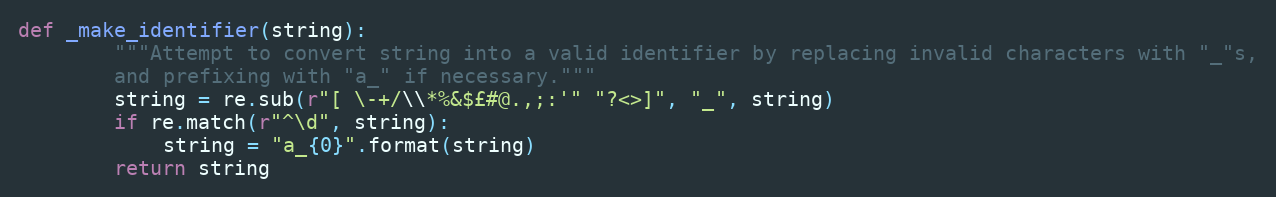
Language: Python
def _make_identifier(string):
        """Attempt to convert string into a valid identifier by replacing invalid characters with "_"s,
        and prefixing with "a_" if necessary."""
        string = re.sub(r"[ \-+/\\*%&$£#@.,;:'" "?<>]", "_", string)
        if re.match(r"^\d", string):
            string = "a_{0}".format(string)
        return string